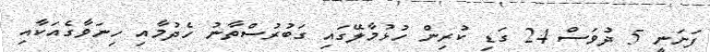
ފަށަނީ 5 ދުވަސް 24 ގަޑި ކުރިން ހުޅުމާލޭގައި ގަބުރުސްތާނު ހެދުމާއި ހިނަވާގެއަކާއި